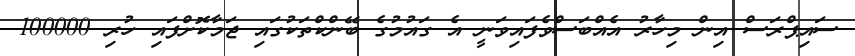
ސައިޕްރަސް އިން މިހާރު އެއްބަސްވެފައިވަނީ އެ ގައުމުގެ ބޭންކްތަކުގައި ޖަމާކޮށްފައި ހުރި 100000